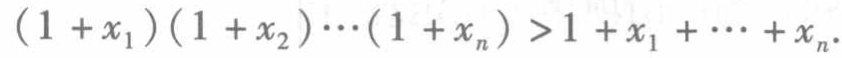
\((1 + x_1)(1 + x_2)\cdots(1 + x_n)>1 + x_1+\cdots + x_n\)